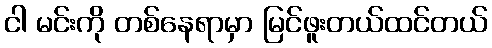
ငါ မင်းကို တစ်နေရာမှာ မြင်ဖူးတယ်ထင်တယ်